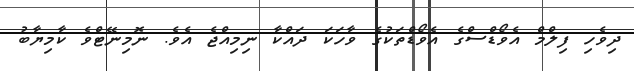
ދިވެހި ފިލްމް އެވޯޑްސްގެެ އެވޯޑްތަކުގެ ވާހަކަ ދައްކާ ނިމިއްޖެ އެވެ. ނޮމިނޭޓްވެ ކާމިޔާބު